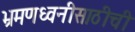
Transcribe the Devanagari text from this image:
भ्रमणध्वनीसाठीची